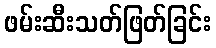
ဖမ်းဆီးသတ်ဖြတ်ခြင်း